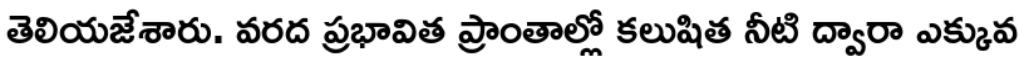
తెలియజేశారు. వరద ప్రభావిత ప్రాంతాల్లో కలుషిత నీటి ద్వారా ఎక్కువ